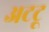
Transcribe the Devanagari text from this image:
अटटू